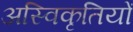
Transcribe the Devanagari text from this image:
अस्विकृतियों